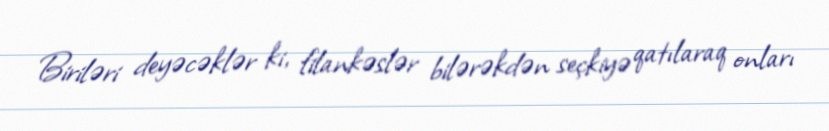
Biriləri deyəcəklər ki, filankəslər bilərəkdən seçkiyə qatılaraq onları